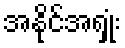
အနိုင်အရှုံး